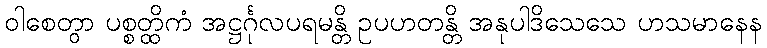
ဝါစေတွာ ပစ္စတ္ထိကံ အဋ္ဌင်္ဂုလပရမန္တိ ဥပဟတန္တိ အနုပါဒိသေသေ ဟသမာနေန